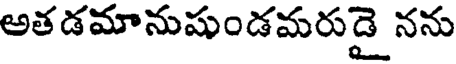
అతడమానుషుండమరుడై నను